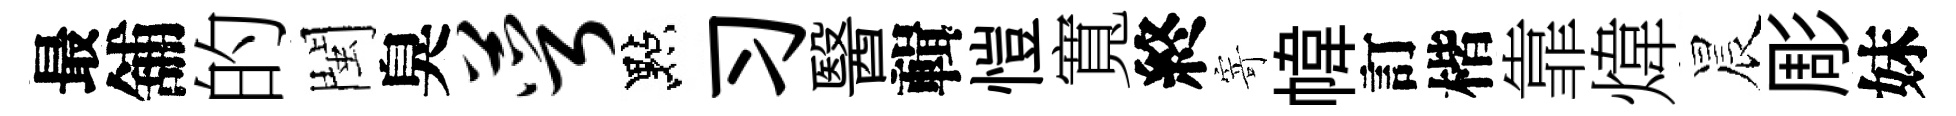
最舖的閩臭萼點习醫輯愷寬終寄幃訂楷靠煒晨彫妹